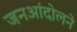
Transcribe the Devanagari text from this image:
जनआंदोलने